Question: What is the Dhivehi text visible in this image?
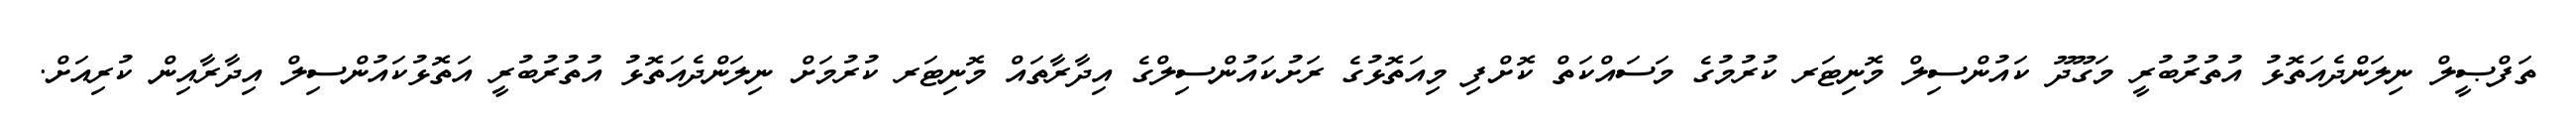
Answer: ތަފްޞީލް ނިލަންދެއަތޮޅު އުތުރުބުރީ މަގޫދޫ ކައުންސިލް މޮނިޓަރ ކުރުމުގެ މަސައްކަތް ކޮށްފި މިއަތޮޅުގެ ރަށުކައުންސިލްގެ އިދާރާތައް މޮނިޓަރ ކުރުމަށް ނިލަންދެއަތޮޅު އުތުރުބުރީ އަތޮޅުކައުންސިލް އިދާރާއިން ކުރިއަށް.